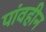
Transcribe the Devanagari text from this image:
पांवहीन